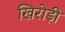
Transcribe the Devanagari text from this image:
खिरोड़ी